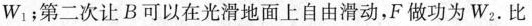
W_{1}；第二次让B可以在光滑地面上自由滑动，F做功为W_{2}。比